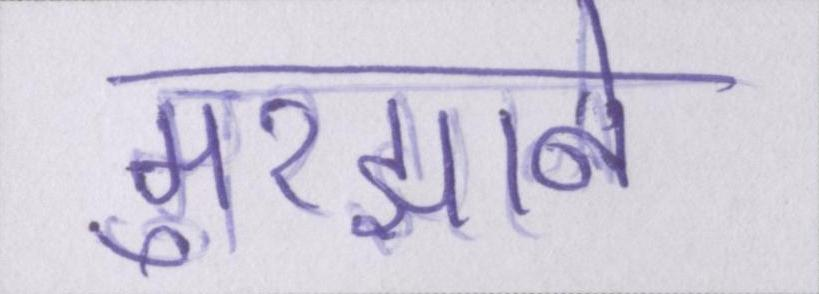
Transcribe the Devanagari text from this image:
मुरझाने